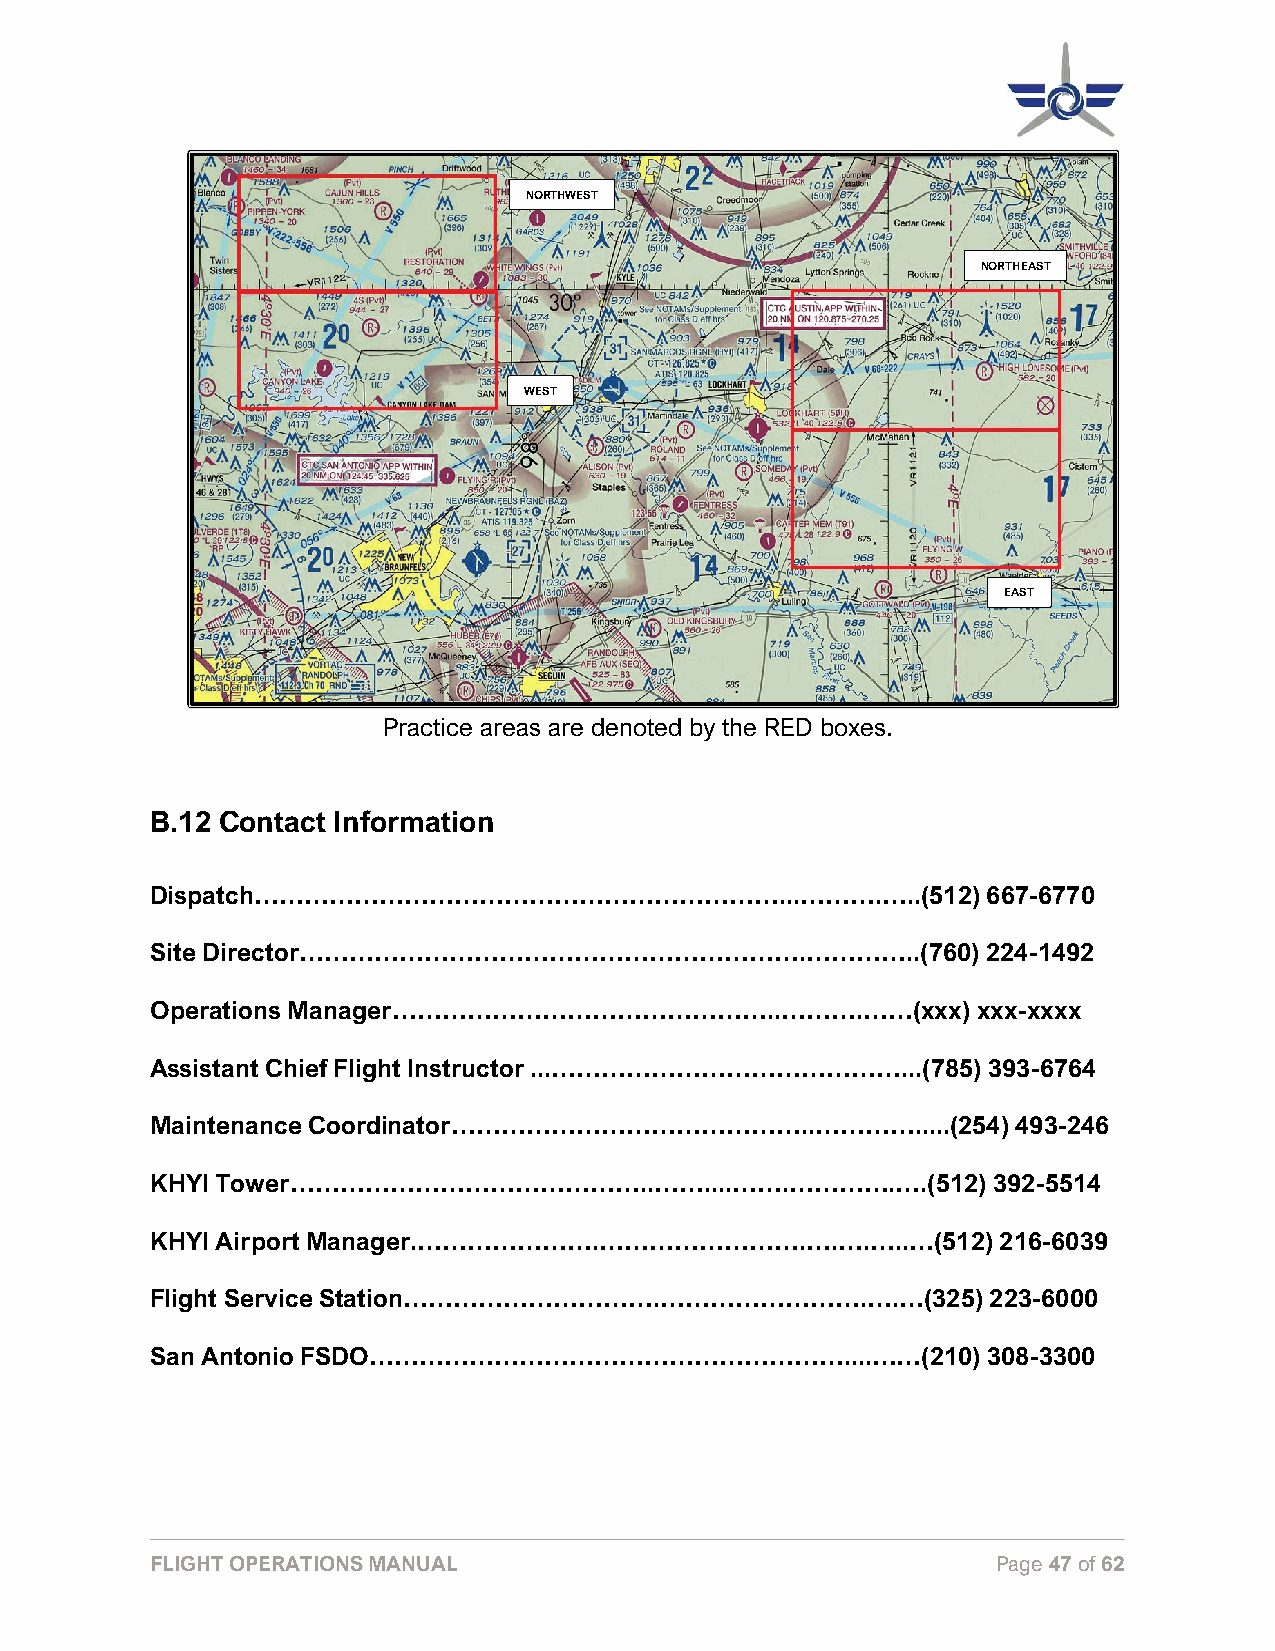
NORTHWEST
 NORTHEAST
 WEST
 EAST
 Practice areas are denoted by the RED boxes.
 B.12 Contact Information
 Dispatch………………………………………………………...……….…..(512)           667-6770
 Site Director…………………………………………………….…………..(760)          224-1492
 Operations Manager………………………………………..……….……(xxx)         xxx-xxxx
 Assistant Chief Flight Instructor ...……………………………………...(785) 393-6764
 Maintenance Coordinator……………………………………..………….....(254)    493-246
 KHYI Tower……………………………………..……....…….………….….(512)         392-5514
 KHYI Airport Manager.………………….…………………….….….…..…(512)     216-6039
 Flight Service Station………………………….…………………….….…(325)      223-6000
 San Antonio FSDO…………………………………………………....……(210)         308-3300
 FLIGHT OPERATIONS MANUAL                                Page 47 of 62